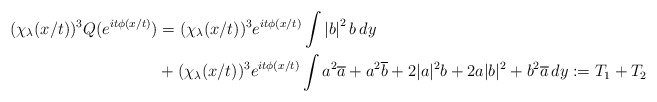
\begin{align*}(\chi_\lambda(x/t))^3Q(e^{it\phi(x/t)})&=(\chi_\lambda(x/t))^3e^{it\phi(x/t)}\int \left|b\right|^2b\,dy\\&+(\chi_\lambda(x/t))^3e^{it\phi(x/t)}\int a^2\overline{a}+a^2\overline{b}+2|a|^2b+2a|b|^2+b^2\overline{a}\,dy:=T_1+T_2 \end{align*}